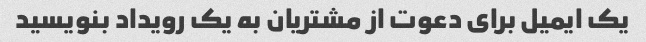
یک ایمیل برای دعوت از مشتریان به یک رویداد بنویسید